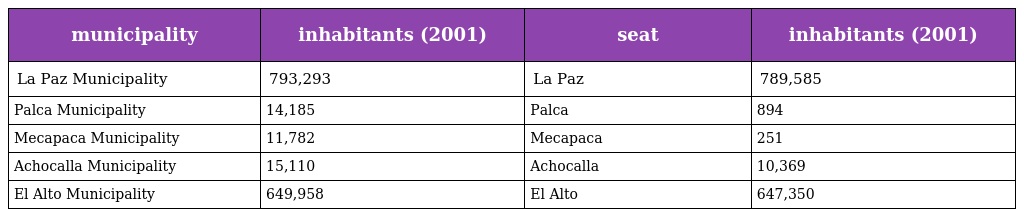
| municipality | inhabitants (2001) | seat | inhabitants (2001) |
 | --- | --- | --- | --- |
 | La Paz Municipality | 793,293 | La Paz | 789,585 |
 | Palca Municipality | 14,185 | Palca | 894 |
 | Mecapaca Municipality | 11,782 | Mecapaca | 251 |
 | Achocalla Municipality | 15,110 | Achocalla | 10,369 |
 | El Alto Municipality | 649,958 | El Alto | 647,350 |